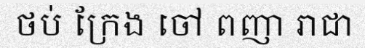
ថប់ ក្រែង ចៅ ពញា រាជា